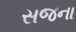
સજના